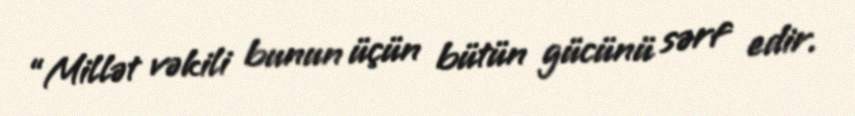
“Millət vəkili bunun üçün bütün gücünü sərf edir.